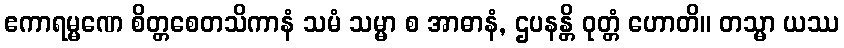
ဧကာရမ္မဏေ စိတ္တစေတသိကာနံ သမံ သမ္မာ စ အာဓာနံ, ဌပနန္တိ ဝုတ္တံ ဟောတိ။ တသ္မာ ယဿ